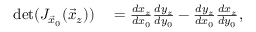
\begin{array} { r l } { \operatorname* { d e t } ( J _ { \vec { x } _ { 0 } } ( \vec { x } _ { z } ) ) } & { { } = \frac { d x _ { z } } { d x _ { 0 } } \frac { d y _ { z } } { d y _ { 0 } } - \frac { d y _ { z } } { d x _ { 0 } } \frac { d x _ { z } } { d y _ { 0 } } , } \end{array}